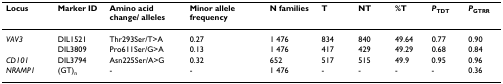
| Locus | Marker ID | Amino acid change/ alleles | Minor allele frequency | N families | T | NT | %T | PTDT | PGTRR |
 | --- | --- | --- | --- | --- | --- | --- | --- | --- | --- |
 | VAV3 | DIL1521 | Thr293Ser/T>A | 0.27 | 1 476 | 834 | 840 | 49.64 | 0.77 | 0.90 |
 |  | DIL3809 | Pro611Ser/G>A | 0.13 | 1 476 | 417 | 429 | 49.29 | 0.68 | 0.84 |
 | CD101 | DIL3794 | Asn225Ser/A>G | 0.32 | 652 | 517 | 515 | 49.9 | 0.95 | 0.96 |
 | NRAMP1 | (GT)n | - | - | 1 476 | - | - | - | - | 0.36 |